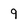
Character: 9